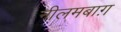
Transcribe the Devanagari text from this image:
नीलमबाग़